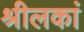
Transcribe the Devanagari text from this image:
श्रीलकां